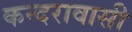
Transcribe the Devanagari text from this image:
कन्दरावासी